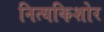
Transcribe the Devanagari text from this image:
नित्यकिशोर